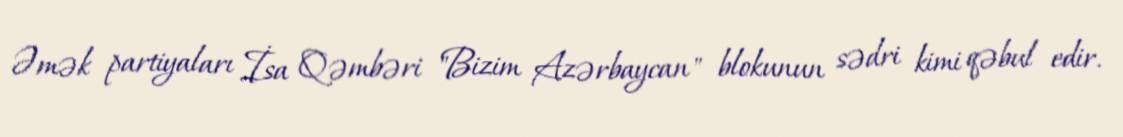
Əmək partiyaları İsa Qəmbəri "Bizim Azərbaycan" blokunun sədri kimi qəbul edir.